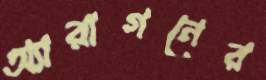
অ্যারাগনের